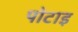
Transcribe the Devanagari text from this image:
पोटाइ